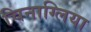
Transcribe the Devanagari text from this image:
चिनाग्लिया